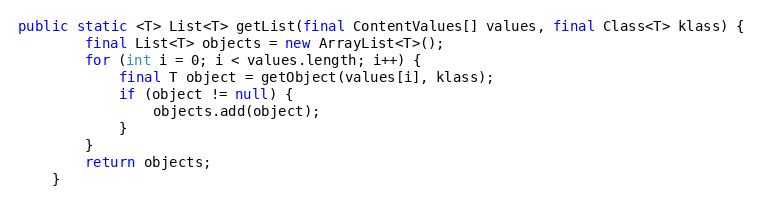
Language: Java
public static <T> List<T> getList(final ContentValues[] values, final Class<T> klass) {
        final List<T> objects = new ArrayList<T>();
        for (int i = 0; i < values.length; i++) {
            final T object = getObject(values[i], klass);
            if (object != null) {
                objects.add(object);
            }
        }
        return objects;
    }